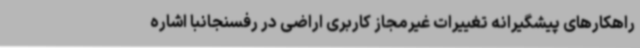
راهکارهای پیشگیرانه تغییرات غیرمجاز کاربری اراضی در رفسنجانبا اشاره